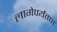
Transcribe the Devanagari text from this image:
लागेपर्यंतचा